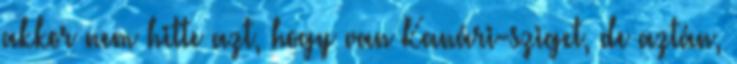
akkor nem hitte azt, hogy van Kanári-sziget, de aztán,